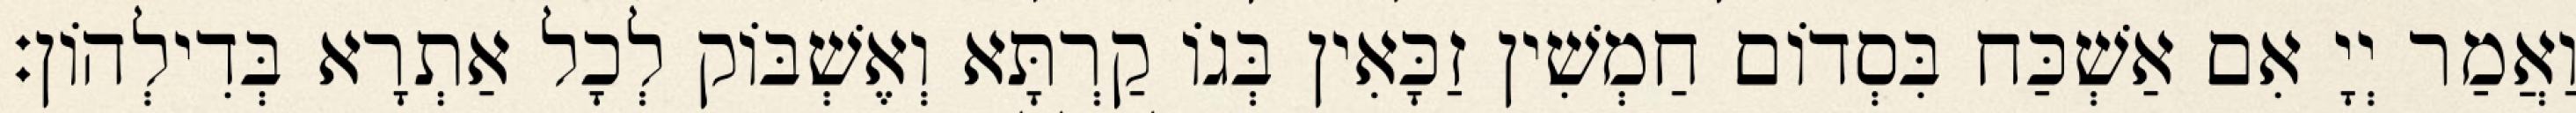
וַאֲמַר יְיָ אִם אַשְׁכַּח בִּסְדוֹם חַמְשִׁין זַכָּאִין בְּגוֹ קַרְתָּא וְאֶשְׁבּוֹק לְכָל אַתְרָא בְּדִילְהוֹן׃